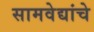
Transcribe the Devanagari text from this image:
सामवेद्यांचे